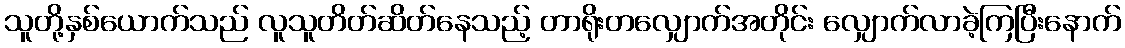
သူတို့နှစ်ယောက်သည် လူသူတိတ်ဆိတ်နေသည့် တာရိုးတလျှောက်အတိုင်း လျှောက်လာခဲ့ကြပြီးနောက်